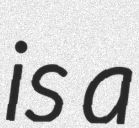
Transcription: is a